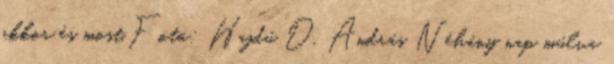
akkor és most.Fotó: Hajdú D. András Néhány nap múlva